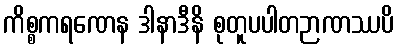
ကိစ္စကရဏေန ဒါနာဒီနိ စုတူပပါတဉာဏဿပိ